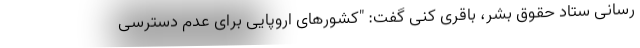
‌رسانی ستاد حقوق بشر، باقری کنی گفت: "کشورهای اروپایی برای عدم دسترسی